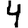
Digit: 4